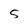
Character: 5